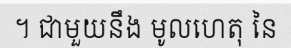
។ ជាមួយនឹង មូលហេតុ នៃ